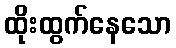
ထိုးထွက်နေသော